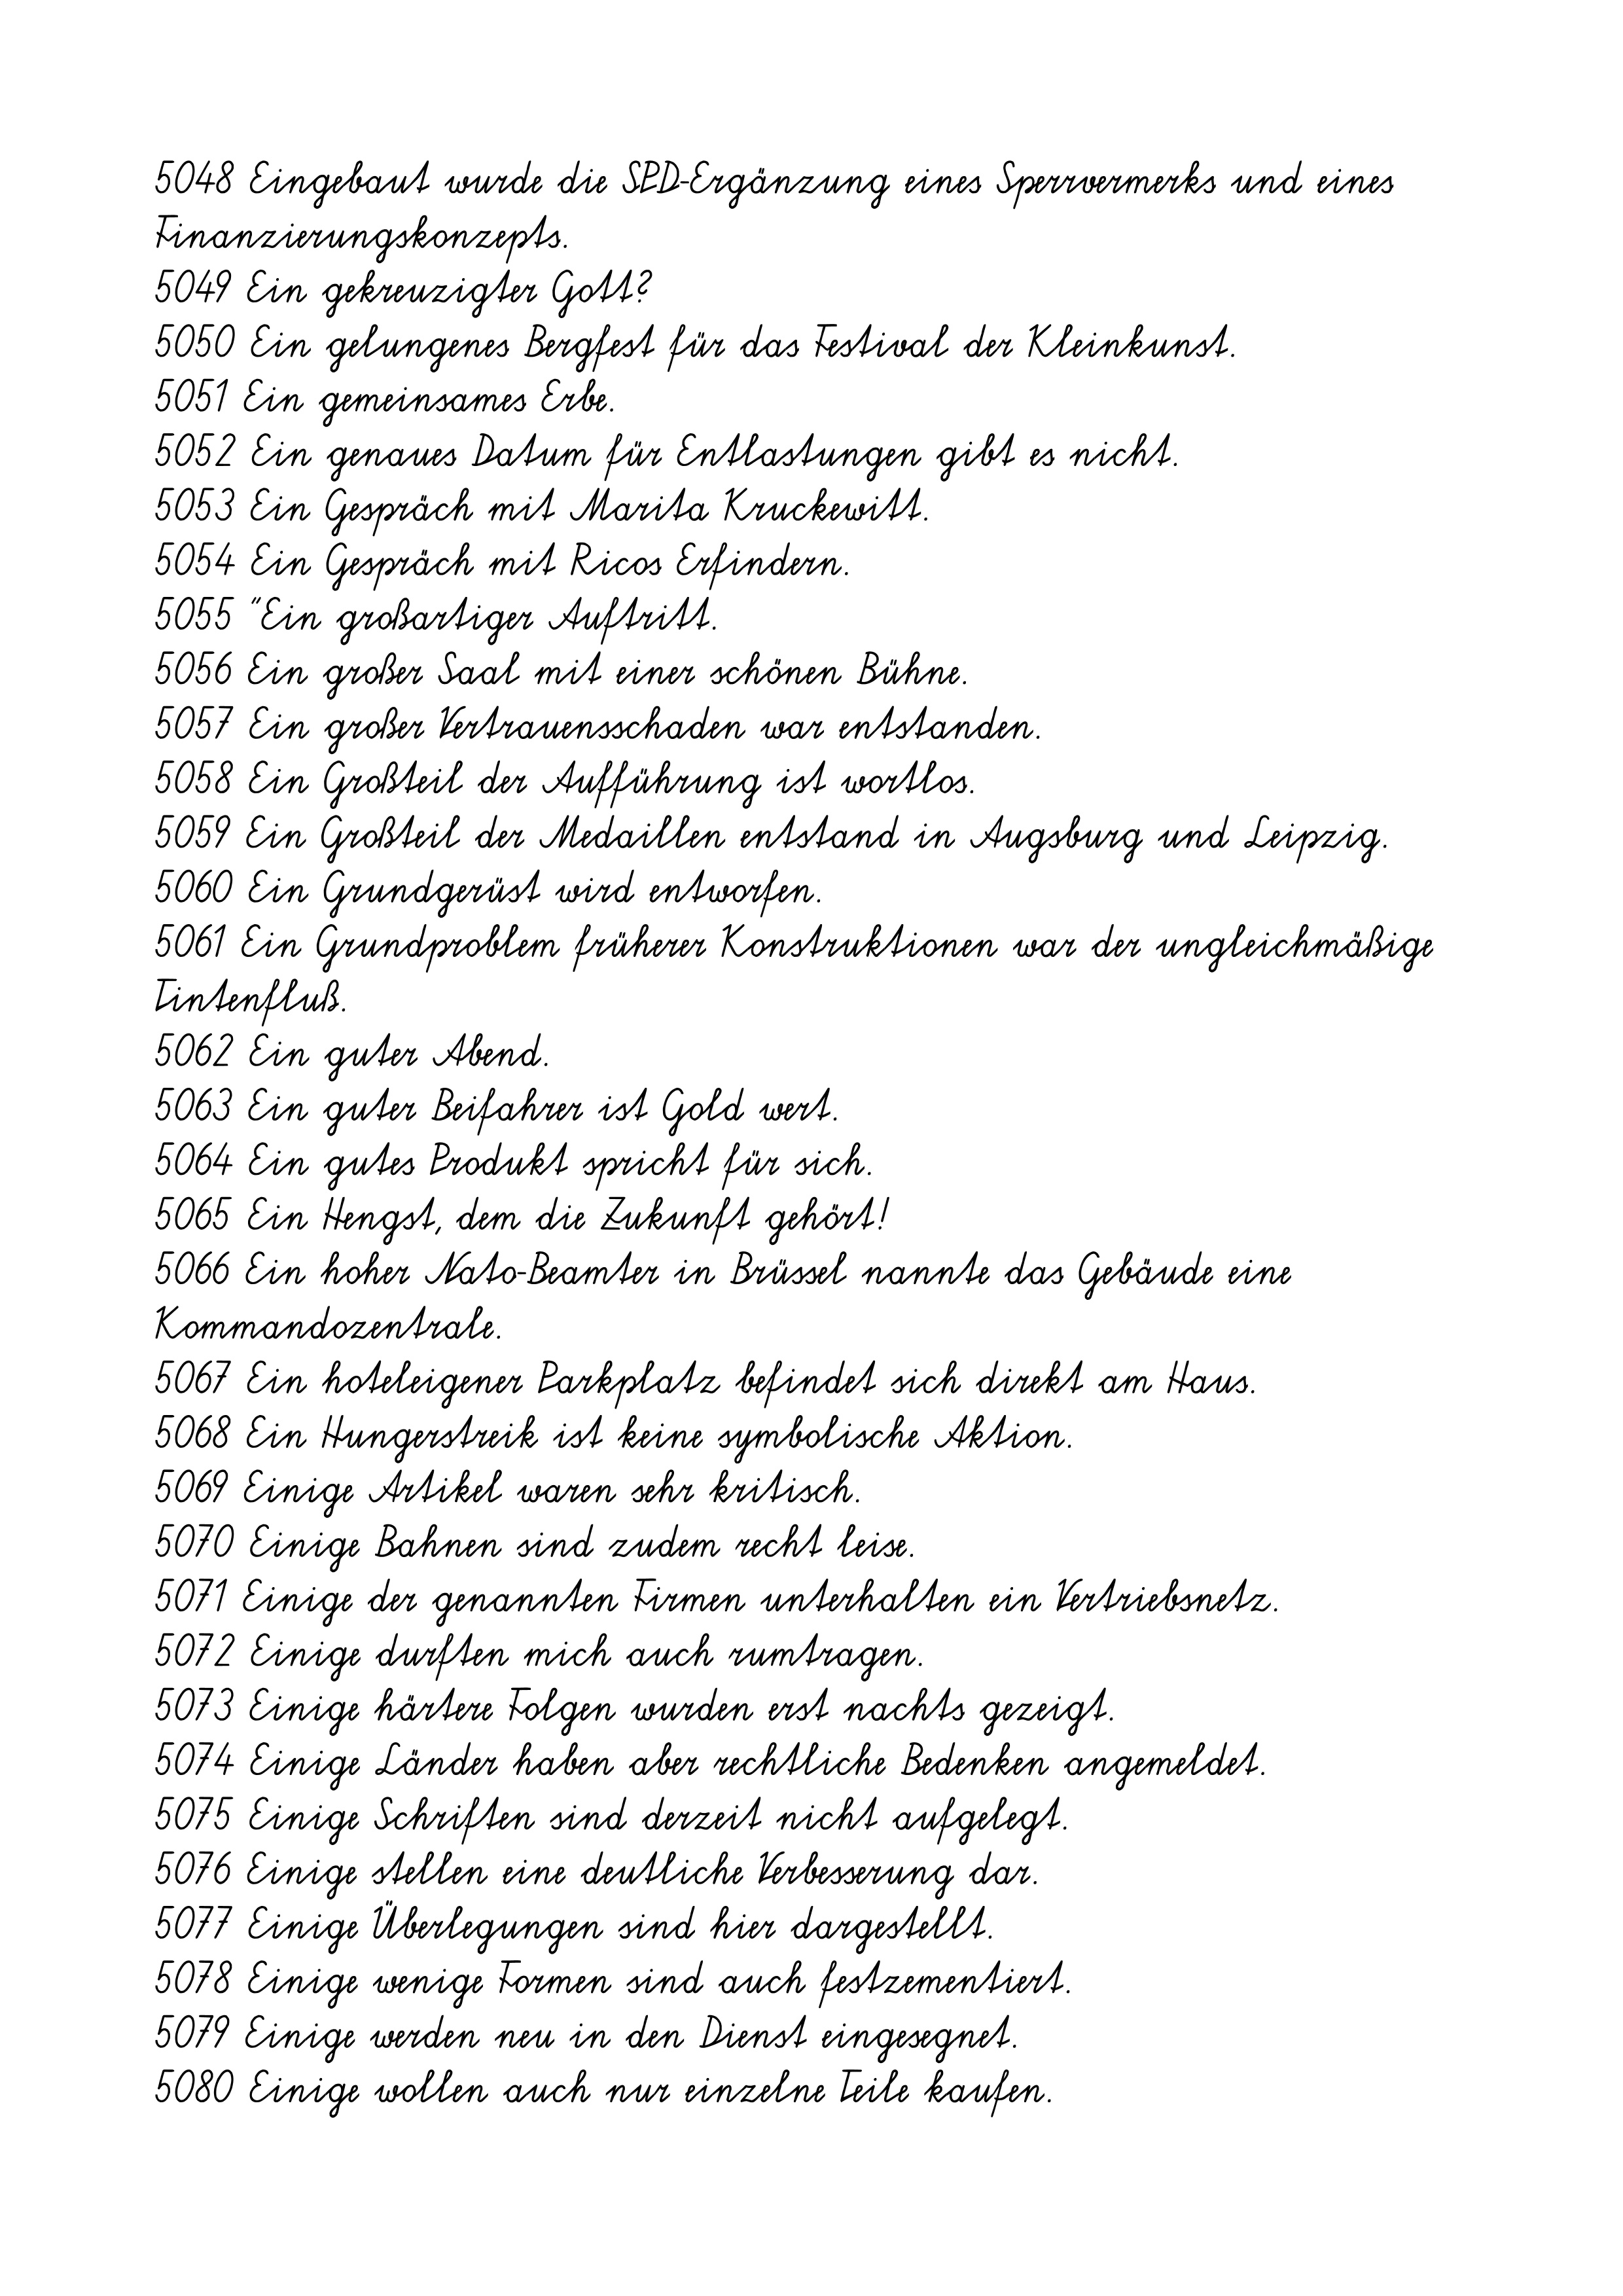
5048 Eingebaut wurde die SPD-Ergänzung eines Sperrvermerks und eines
Finanzierungskonzepts.
5049 Ein gekreuzigter Gott?
5050 Ein gelungenes Bergfest für das Festival der Kleinkunst.
5051 Ein gemeinsames Erbe.
5052 Ein genaues Datum für Entlastungen gibt es nicht.
5053 Ein Gespräch mit Marita Kruckewitt.
5054 Ein Gespräch mit Ricos Erfindern.
5055 "Ein großartiger Auftritt.
5056 Ein großer Saal mit einer schönen Bühne.
5057 Ein großer Vertrauensschaden war entstanden.
5058 Ein Großteil der Aufführung ist wortlos.
5059 Ein Großteil der Medaillen entstand in Augsburg und Leipzig.
5060 Ein Grundgerüst wird entworfen.
5061 Ein Grundproblem früherer Konstruktionen war der ungleichmäßige
Tintenfluß.
5062 Ein guter Abend.
5063 Ein guter Beifahrer ist Gold wert.
5064 Ein gutes Produkt spricht für sich.
5065 Ein Hengst, dem die Zukunft gehört!
5066 Ein hoher Nato-Beamter in Brüssel nannte das Gebäude eine
Kommandozentrale.
5067 Ein hoteleigener Parkplatz befindet sich direkt am Haus.
5068 Ein Hungerstreik ist keine symbolische Aktion.
5069 Einige Artikel waren sehr kritisch.
5070 Einige Bahnen sind zudem recht leise.
5071 Einige der genannten Firmen unterhalten ein Vertriebsnetz.
5072 Einige durften mich auch rumtragen.
5073 Einige härtere Folgen wurden erst nachts gezeigt.
5074 Einige Länder haben aber rechtliche Bedenken angemeldet.
5075 Einige Schriften sind derzeit nicht aufgelegt.
5076 Einige stellen eine deutliche Verbesserung dar.
5077 Einige Überlegungen sind hier dargestellt.
5078 Einige wenige Formen sind auch festzementiert.
5079 Einige werden neu in den Dienst eingesegnet.
5080 Einige wollen auch nur einzelne Teile kaufen.